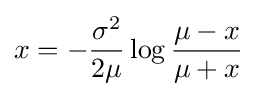
x=-{\frac {\sigma ^{2}}{2\mu }}\log {\frac {\mu -x}{\mu +x}}